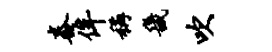
舂侔称畿吹